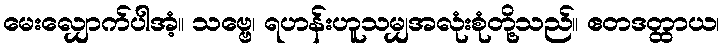
မေးလျှောက်ပါအံ့။ သဗ္ဗေ၊ ရဟန်းဟူသမျှအလုံးစုံတို့သည်။ ဧတဒတ္ထာယ၊